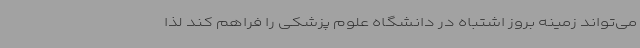
می‌تواند زمینه بروز اشتباه در دانشگاه علوم پزشکی را فراهم کند لذا